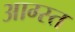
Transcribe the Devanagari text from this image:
आग्स्त